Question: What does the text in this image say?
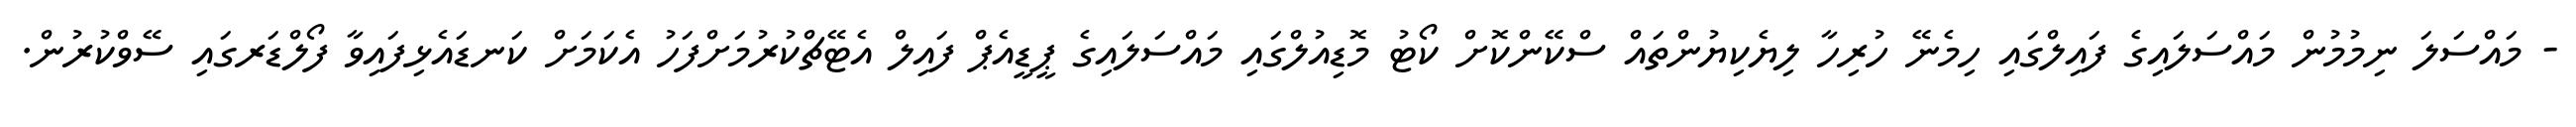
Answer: - މައްސަލަ ނިމުމުން މައްސަލައިގެ ފައިލްގައި ހިމެނޭ ހުރިހާ ލިޔެކިޔުންތައް ސްކޭންކޮށް ކޯޓު މޮޑިއުލްގައި މައްސަލައިގެ ޕީޑީއެޕް ފައިލް އެޓޭޗްކުރުމަށްފަހު އެކަމަށް ކަނޑައެޅިފައިވާ ފޯލްޑަރގައި ސޭވްކުރުން.